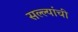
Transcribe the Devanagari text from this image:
सल्ल्यांची